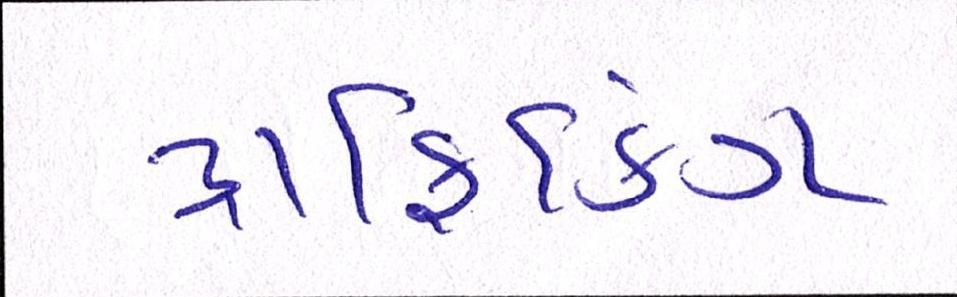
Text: ટ્રાફિકિંગ